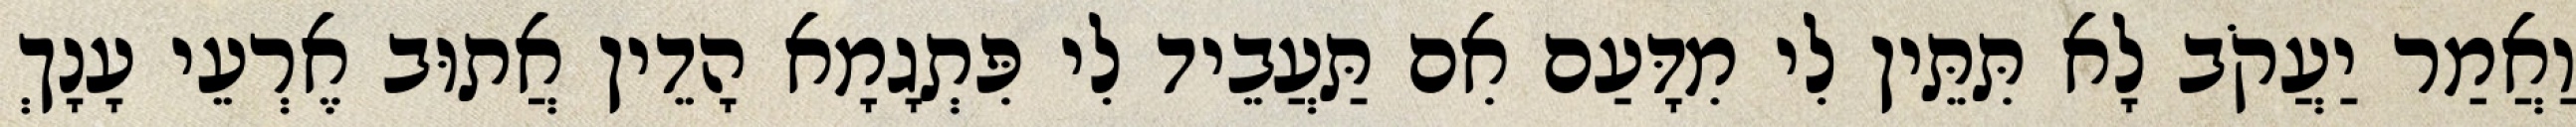
וַאֲמַר יַעֲקֹב לָא תִּתֵּין לִי מִדָּעַם אִם תַּעֲבֵיד לִי פִּתְגָמָא הָדֵין אֲתוּב אֶרְעֵי עָנָךְ